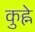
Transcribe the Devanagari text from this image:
कुह्ने